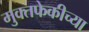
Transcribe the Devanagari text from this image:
मुक्तफेकीच्या